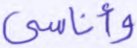
وأناسي